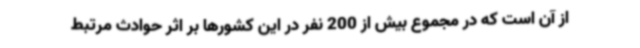
از آن است که در مجموع بیش از 200 نفر در این کشورها بر اثر حوادث مرتبط